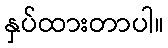
နှပ်ထားတာပါ။